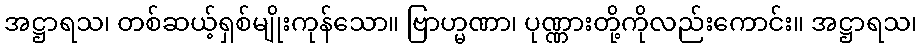
အဋ္ဌာရသ၊ တစ်ဆယ့်ရှစ်မျိုးကုန်သော။ ဗြာဟ္မဏာ၊ ပုဏ္ဏားတို့ကိုလည်းကောင်း။ အဋ္ဌာရသ၊